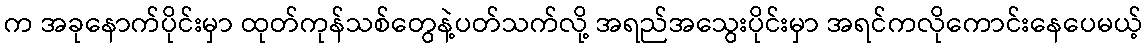
က အခုနောက်ပိုင်းမှာ ထုတ်ကုန်သစ်တွေနဲ့ပတ်သက်လို့ အရည်အသွေးပိုင်းမှာ အရင်ကလိုကောင်းနေပေမယ့်